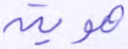
هوية